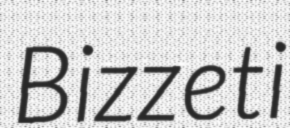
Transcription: Bizzeti